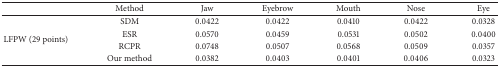
<table><thead><tr><td><b> </b></td><td><b>Method</b></td><td><b>Jaw</b></td><td><b>Eyebrow</b></td><td><b>Mouth</b></td><td><b>Nose</b></td><td><b>Eye</b></td></tr></thead><tbody><tr><td rowspan="4">LFPW (29 points)</td><td>SDM</td><td>0.0422</td><td>0.0422</td><td>0.0410</td><td>0.0422</td><td>0.0328</td></tr><tr><td>ESR</td><td>0.0570</td><td>0.0459</td><td>0.0531</td><td>0.0502</td><td>0.0400</td></tr><tr><td>RCPR</td><td>0.0748</td><td>0.0507</td><td>0.0568</td><td>0.0509</td><td>0.0357</td></tr><tr><td>Our method</td><td>0.0382</td><td>0.0403</td><td>0.0401</td><td>0.0406</td><td>0.0323</td></tr></tbody></table>